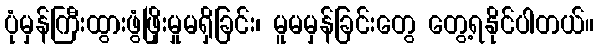
ပုံမှန်ကြီးထွားဖွံဖြိုးမှုမရှိခြင်း၊ မူမမှန်ခြင်းတွေ တွေ့ရနိုင်ပါတယ်။